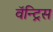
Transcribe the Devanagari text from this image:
वॅन्ट्रिस